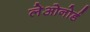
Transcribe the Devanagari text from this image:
लेओनोर्ड